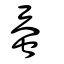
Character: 蚕